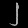
Digit: ၂